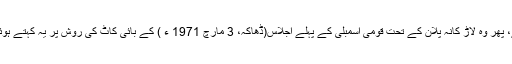
انہوں نے ڈھاکہ جا کر مجیب کے ساڑھے پانچ نکات تو مان ہی لیے تھے، پھر وہ لاڑ کانہ پلان کے تحت قومی اسمبلی کے پہلے اجلاس(ڈھاکہ، 3 مارچ 1971 ء ) کے بائی کاٹ کی روش پر یہ کہتے ہوئے کیوں چل نکلے کہ ’’ جوڈھا کہ جائے گا، اس کی ٹانگیں توڑ دیں گے ۔